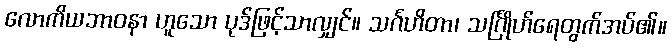
လောကိယဘာဝနာ ဟူသော ပုဒ်ဖြင့်သာလျှင်။ သင်္ဂဟိတာ၊ သင်္ဂြိုဟ်ရေတွက်အပ်၏။